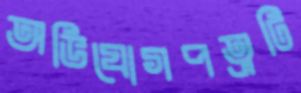
অভিযোগপত্রটি